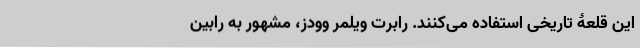
این قلعۀ تاریخی استفاده می‌کنند. رابرت ویلمر وودز، مشهور به رابین